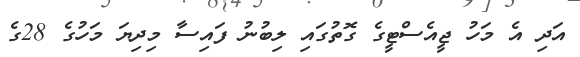
އަދި އެ މަހު ޖީއެސްޓީގެ ގޮތުގައި ލިބުނު ފައިސާ މިދިޔަ މަހުގެ 28ގެ